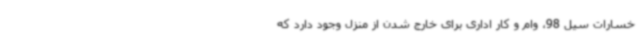
خسارات سیل 98، وام و کار اداری برای خارج شدن از منزل وجود دارد که